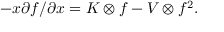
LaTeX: - x \partial f / \partial x = K \otimes f - V \otimes f ^ { 2 } .